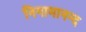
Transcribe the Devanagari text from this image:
निगामानन्द